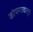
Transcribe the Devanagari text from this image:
कोपरगावातून